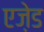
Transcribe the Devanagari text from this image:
एज़ेड